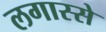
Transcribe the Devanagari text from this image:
लगास्से